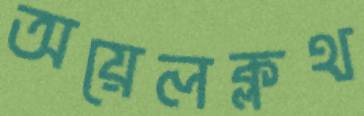
অয়েলক্লথ